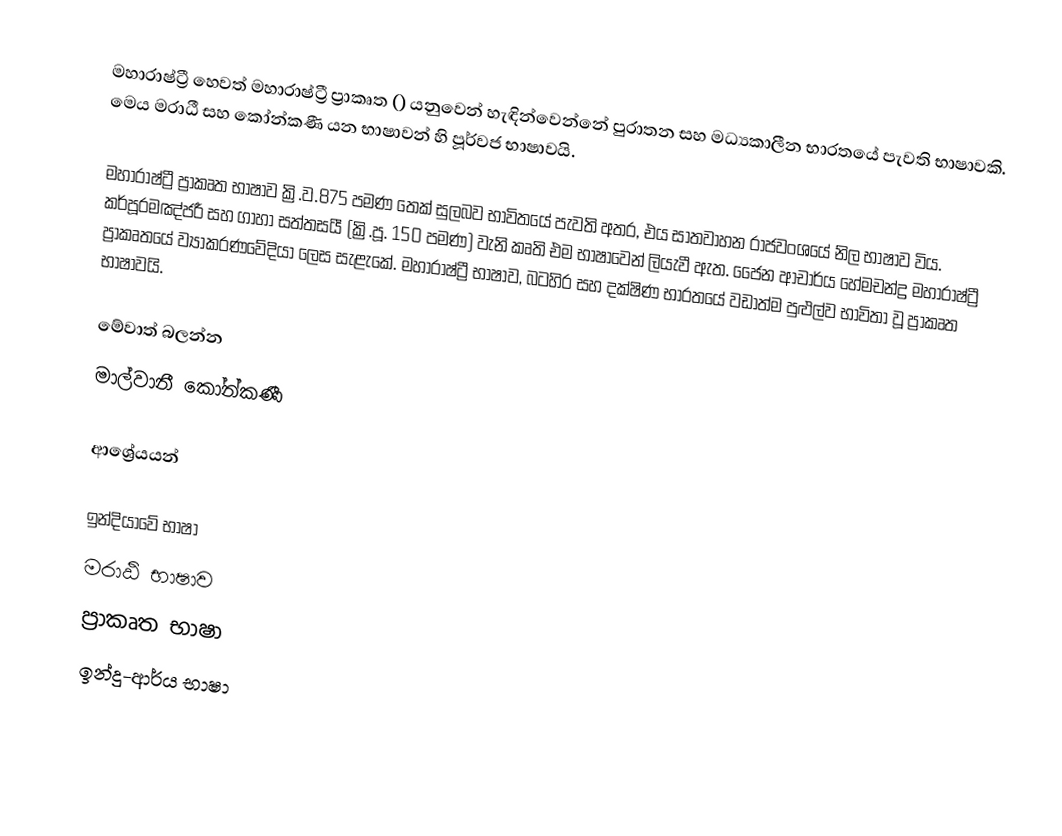
මහාරාෂ්ට්‍රී හෙවත් මහාරාෂ්ට්‍රී ප්‍රාකෘත () යනුවෙන් හැඳින්වෙන්නේ පුරාතන සහ මධ්‍යකාලීන භාරතයේ පැවති භාෂාවකි. මෙය මරාඨී සහ කෝන්කණී යන භාෂාවන් හි පූර්වජ භාෂාවයි.

මහාරාෂ්ට්‍රී ප්‍රාකෘත භාෂාව ක්‍රි.ව.875 පමණ තෙක් සුලබව භාවිතයේ පැවති අතර, එය සාතවාහන රාජවංශයේ නිල භාෂාව විය. කර්පූරමඤ්ජරී සහ ගාහා සත්තසයී (ක්‍රි.පූ. 150 පමණ) වැනි කෘති එම භාෂාවෙන් ලියැවී ඇත. ජෛන ආචාර්ය හේමචන්ද්‍ර මහාරාෂ්ට්‍රී ප්‍රාකෘතයේ ව්‍යාකරණවේදියා ලෙස සැළැකේ. මහාරාෂ්ට්‍රී භාෂාව, බටහිර සහ දක්ෂිණ භාරතයේ වඩාත්ම පුළුල්ව භාවිතා වූ ප්‍රාකෘත භාෂාවයි.

මේවාත් බලන්න
 මාල්වානී කෝන්කණී

ආශ්‍රේයයන්

ඉන්දියාවේ භාෂා
මරාඨි භාෂාව
ප්‍රාකෘත භාෂා
ඉන්දු-ආර්ය භාෂා